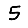
Digit: 5